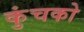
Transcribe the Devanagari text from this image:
कुंचको